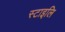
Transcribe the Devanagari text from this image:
स्टाइलि